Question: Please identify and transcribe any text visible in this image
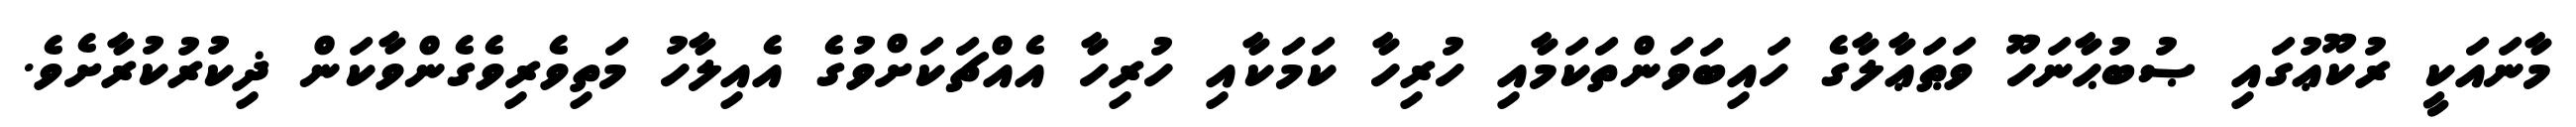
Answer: މާނައަކީ ރުކޫޢުގައި ޞުބުޙާނަހޫ ވަޠަޢާލާގެ ހައިބަވަންތަކަމާއި ހުރިހާ ކަމަކާއި ހުރިހާ އެއްޗަކަށްވުގެ އެއިލާހު މަތިވެރިވެގެންވާކަން ޛިކުރުކުރާށެވެ.